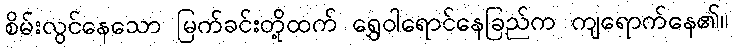
စိမ်းလွင်နေသော မြက်ခင်းတို့ထက် ရွှေဝါရောင်နေခြည်က ကျရောက်နေ၏။